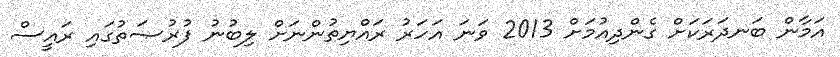
އަމާން ބަނދަރަކަށް ގެންދިއުމަށް 2013 ވަނަ އަހަރު ރައްޔިތުންނަށް ލިބުނު ފުރުޞަތުގައި ރައީސް